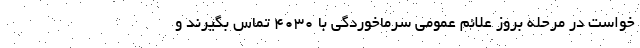
خواست در مرحله بروز علائم عمومی سرماخوردگی با ۴۰۳۰ تماس بگیرند و